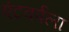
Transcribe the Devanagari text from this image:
एंटवर्पला